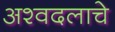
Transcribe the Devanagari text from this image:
अश्वदलाचे